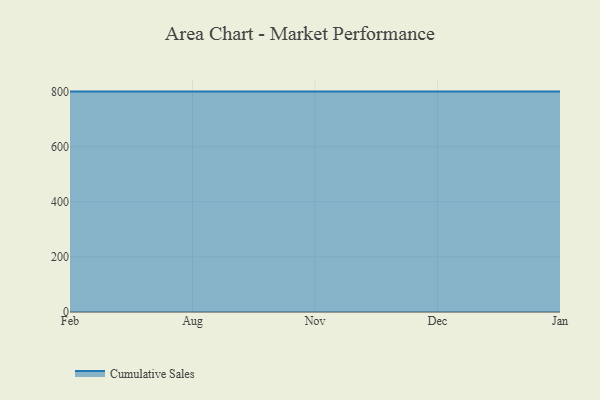
{"axis": {"x": "Month", "y": "Customer Acquisition Cost (USD)"}, "legend": ["Cumulative Sales"], "data": [{"x": "Feb", "y": 800, "type": "Cumulative Sales"}, {"x": "Aug", "y": 800, "type": "Cumulative Sales"}, {"x": "Nov", "y": 800, "type": "Cumulative Sales"}, {"x": "Dec", "y": 800, "type": "Cumulative Sales"}, {"x": "Jan", "y": 800, "type": "Cumulative Sales"}]}